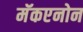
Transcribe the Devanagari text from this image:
मॅकएनोन